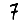
Digit: 7